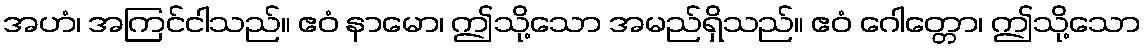
အဟံ၊ အကြင်ငါသည်။ ဧဝံ နာမော၊ ဤသို့သော အမည်ရှိသည်။ ဧဝံ ဂေါတ္တော၊ ဤသို့သော